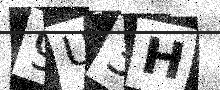
Text: 9U3H